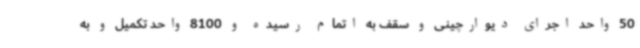
50 واحد اجرای دیوارچینی و سقف به اتمام رسیده و 8100 واحد تکمیل و به